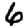
Digit: 6